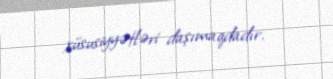
xüsusiyyətləri daşımaqdadır.